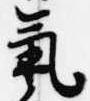
気